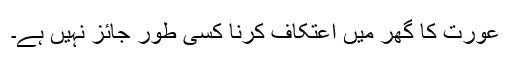
عورت کا گھر میں اعتکاف کرنا کسی طور جائز نہیں ہے۔